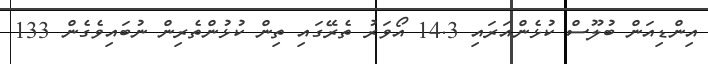
އިންޑިއަން ބުލޫސް ކުޅެންއަރައި 14.3 އޯވަރު ތެރޭގައި ތިން ކުޅުންތެރިން ނުބައިވެގެން 133